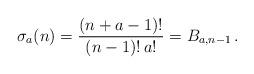
LaTeX: \begin{align*}\sigma_{a}(n) = \frac{(n+a-1)!}{(n-1)!\,a!} = B_{a, n-1}\,.\end{align*}